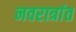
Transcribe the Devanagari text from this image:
नवरात्रांत